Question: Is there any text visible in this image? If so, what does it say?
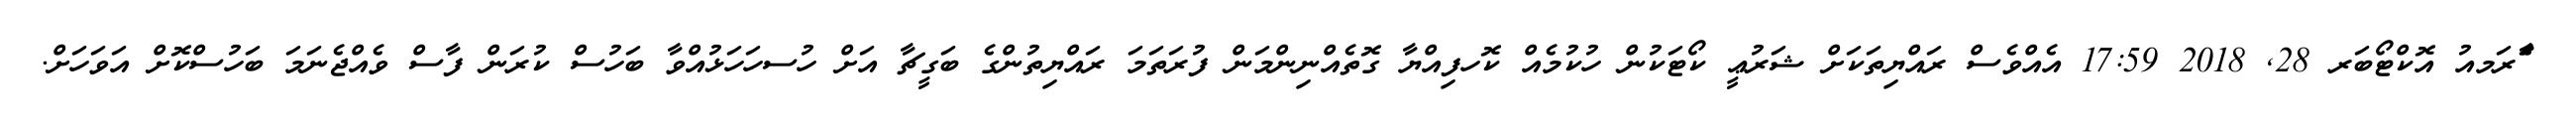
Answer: ާަެރަމއު އޮކްޓޯބަރ 28, 2018 17:59 އެއްވެސް ރައްޔިތަކަށް ޝަރުޢީ ކޯޓަކުން ހުކުމެއް ކޮހފިއްޔާ ގޮތެއްނިންމަން ފުރަތަމަ ރައްޔިތުންގެ ބަގީޗާ އަށް ހުސހަހަޅުއްވާ ބަހުސް ކުރަން ފާސް ވެއްޖެނަމަ ބަހުސްކޮށް އަވަހަށް.